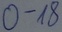
Text: 0-18